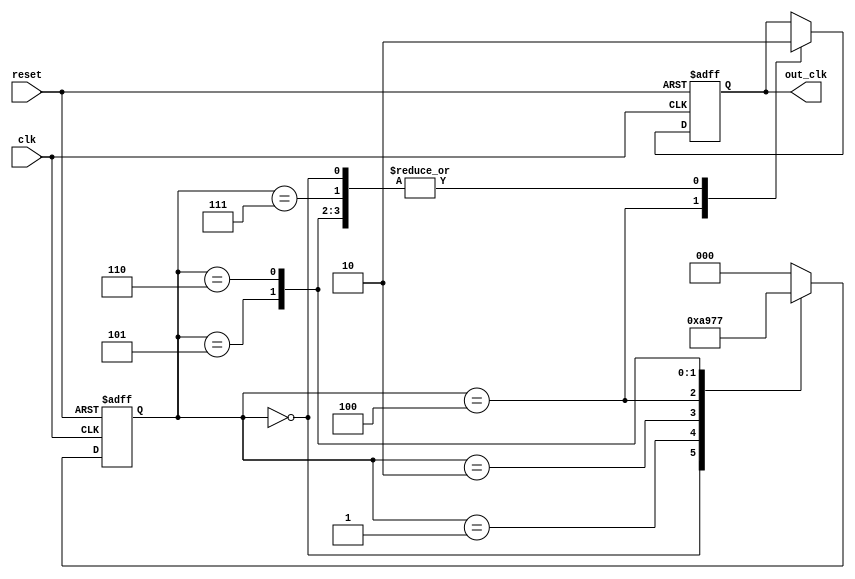
module johnston_counter_clk_divider (
    input wire clk,
    input wire reset,
    output reg out_clk
);

reg [2:0] counter;

always @(posedge clk or posedge reset) begin
    if (reset) begin
        counter <= 3'b000;
        out_clk <= 1'b0;
    end else begin
        case (counter)
            3'b000: begin
                counter <= 3'b001;
                out_clk <= 1'b0;
            end
            3'b001: begin
                counter <= 3'b010;
                out_clk <= 1'b0;
            end
            3'b010: begin
                counter <= 3'b100;
                out_clk <= 1'b0;
            end
            3'b100: begin
                counter <= 3'b101;
                out_clk <= 1'b1;
            end
            3'b101: begin
                counter <= 3'b110;
                out_clk <= 1'b0;
            end
            3'b110: begin
                counter <= 3'b111;
                out_clk <= 1'b0;
            end
            3'b111: begin
                counter <= 3'b000;
                out_clk <= 1'b0;
            end
            default: counter <= 3'b000;
        endcase
    end
end

endmodule